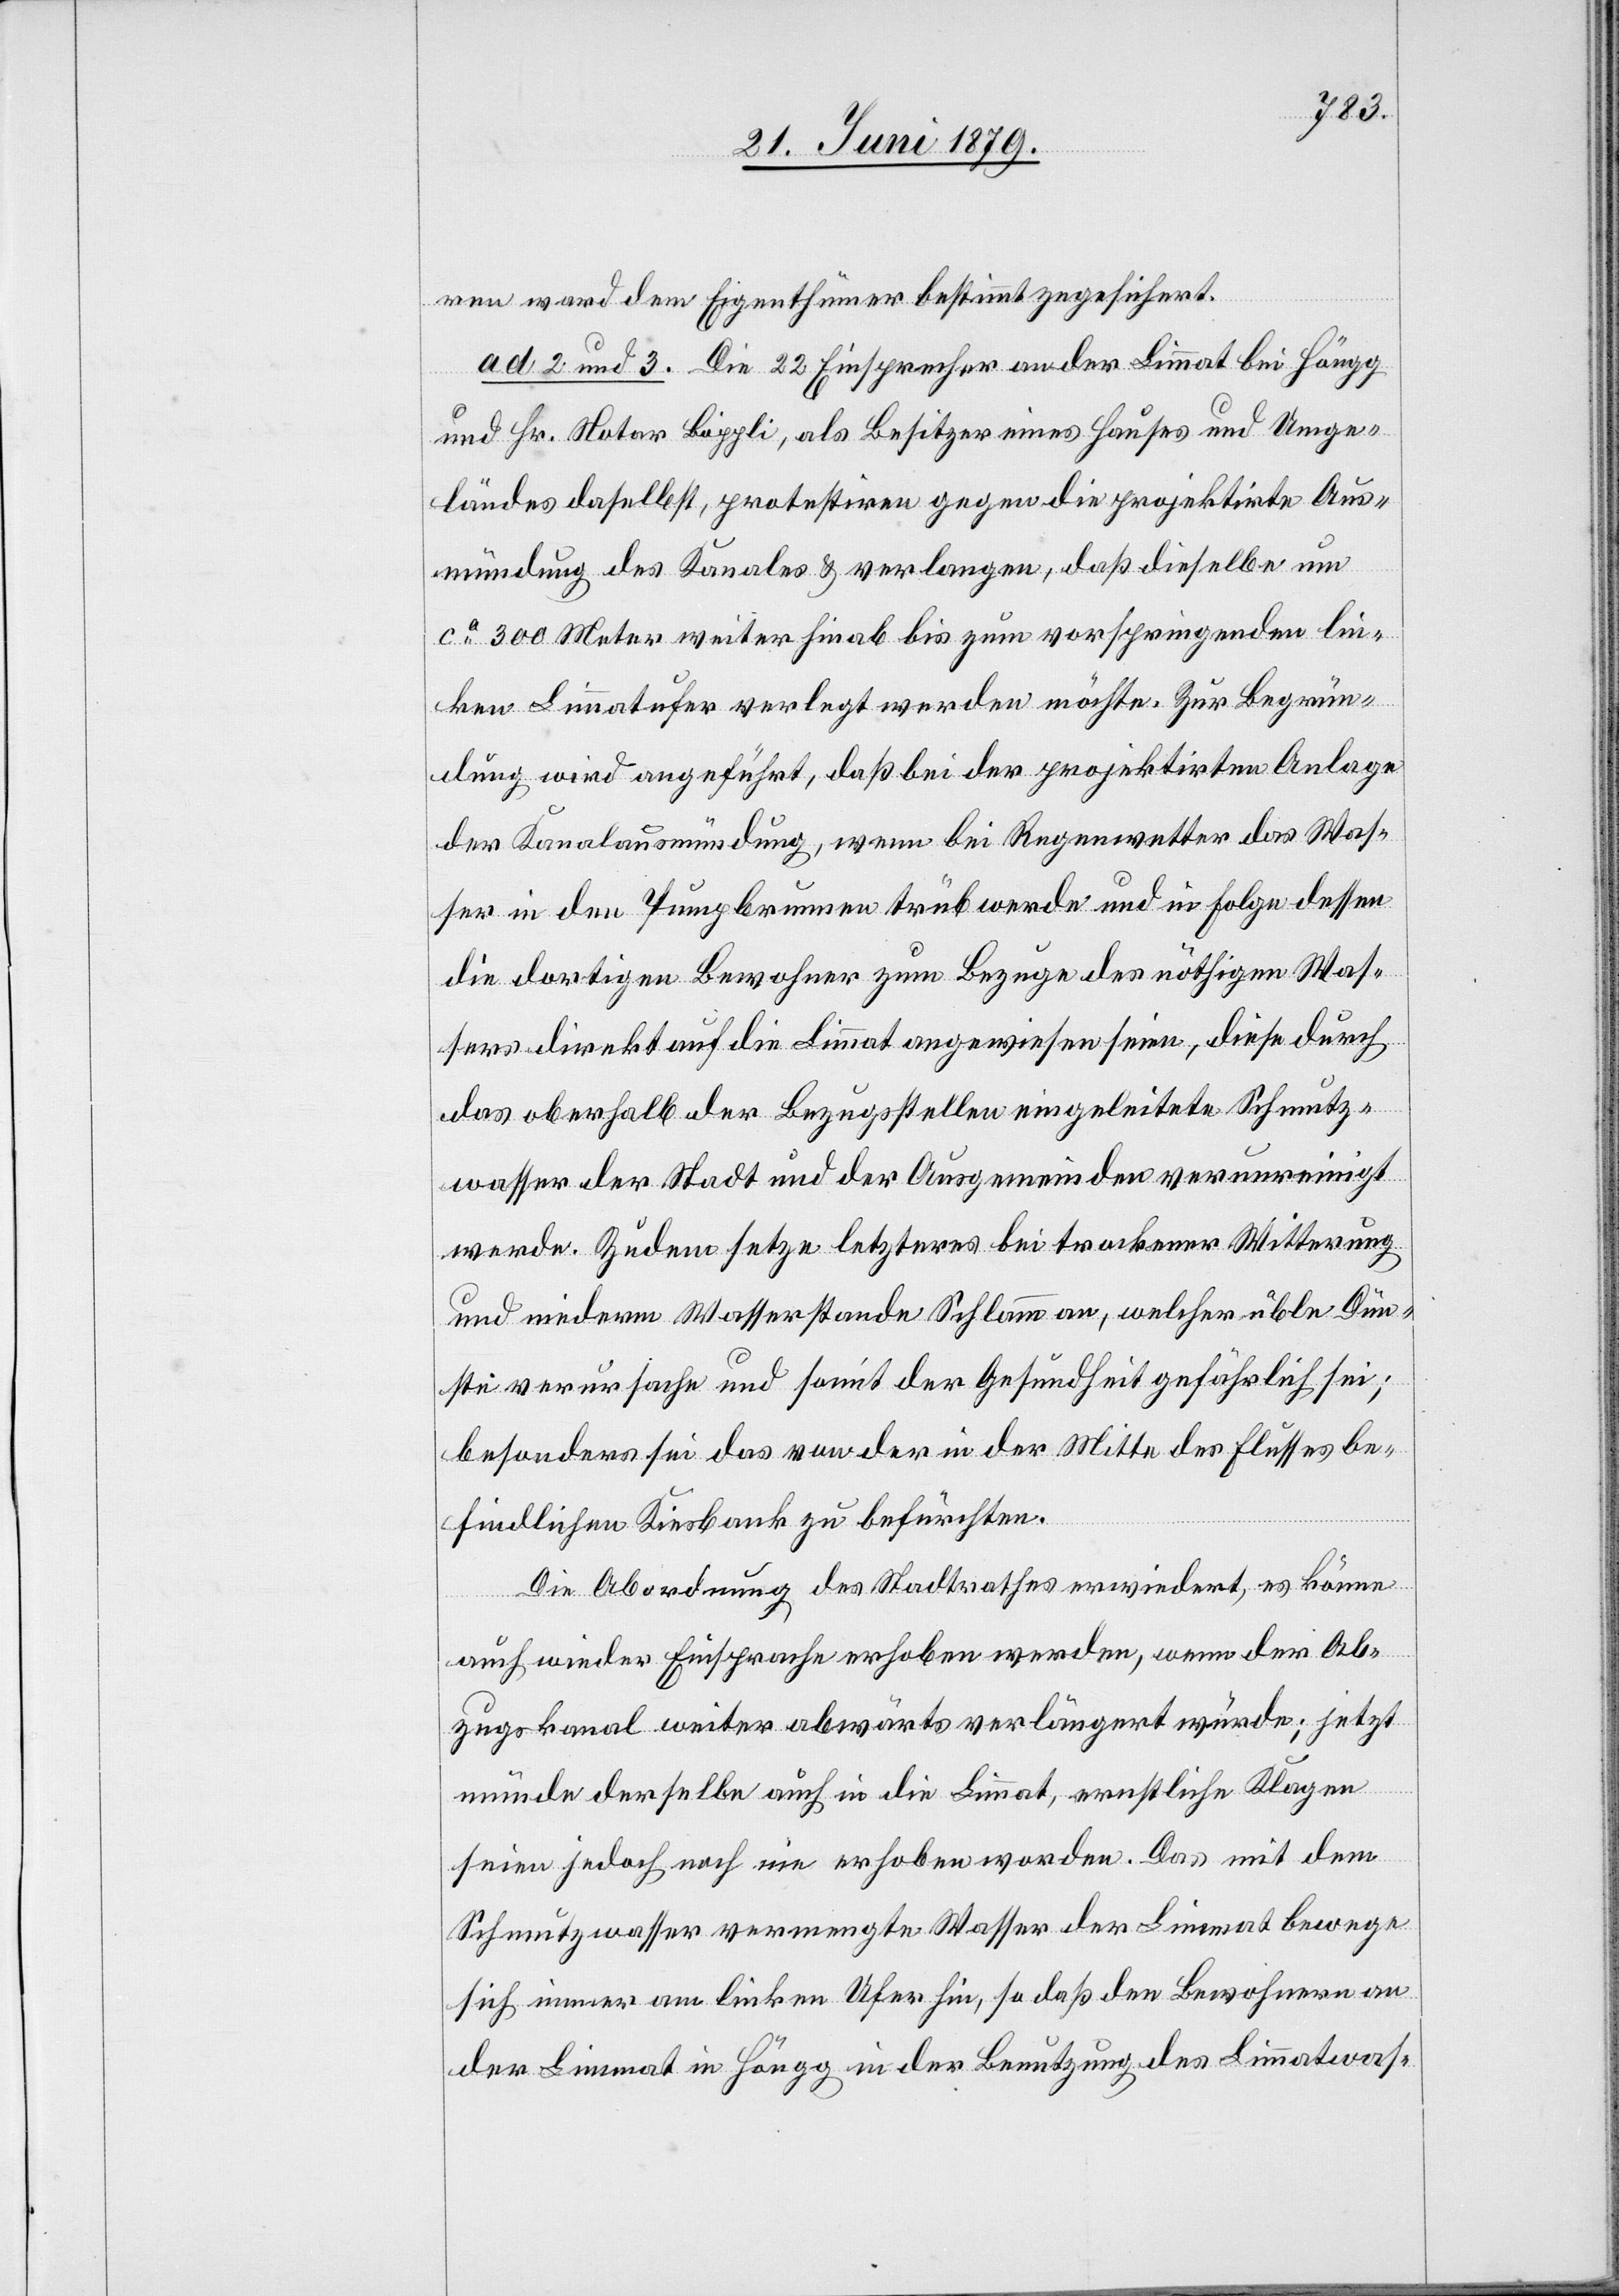
ren ward dem Eigenthümer bestimmt zugesichert.
ad 2 und 3. Die 22 Einsprecher an der Limmat bei Höngg
und Hr. Notar Böppli, als Besitzer eines Hauses und Umge¬
ländes daselbst, protestiren gegen die projektirte Aus¬
mündung des Kanales & verlangen, daß dieselbe um
ca 300 Meter weiter hinab bis zum vorspringenden lin¬
ken Limmatufer verlegt werden möchte. Zur Begrün¬
dung wird angeführt, daß bei der projektirten Anlage
der Kanalausmündung, wenn bei Regenwetter das Was¬
ser in den Pumpbrunnen trüb werde und in Folge dessen
die dortigen Bewohner zum Bezuge des nöthigen Was¬
sers direkt auf die Limmat angewiesen seien, diese durch
das oberhalb der Bezugstellen eingeleitete Schmutz¬
wasser der Stadt und der Ausgemeinden verunreinigt
werde. Zudem setze letzteres bei trockener Witterung
und niederm Wasserstande Schlamm an, welcher üble Dün¬
ste verursache und somit der Gesundheit gefährlich sei;
besonders sei das von der in der Mitte des Flusses be¬
findlichen Kiesbank zu befürchten.
Die Abordnung des Stadtrathes erwiedert, es könne
auch wieder Einsprache erhoben werden, wenn der Ab¬
zugskanal weiter abwärts verlängert würde; jetzt
münde derselbe auch in die Limmat, ernstliche Klagen
seien jedoch noch nie erhoben worden. Das mit dem
Schmutzwasser vermengte Wasser der Limmat bewege
sich immer am linken Ufer hin, so daß den Bewohnern an
der Limmat in Höngg in der Benutzung des Limmatwas-